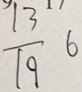
\frac { 1 3 } { 1 9 } 6